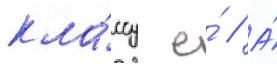
кла́ссу е́ // А́